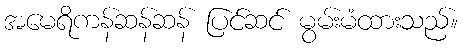
အမေရိကန်ဆန်ဆန် ပြင်ဆင် မွမ်းမံထားသည်။